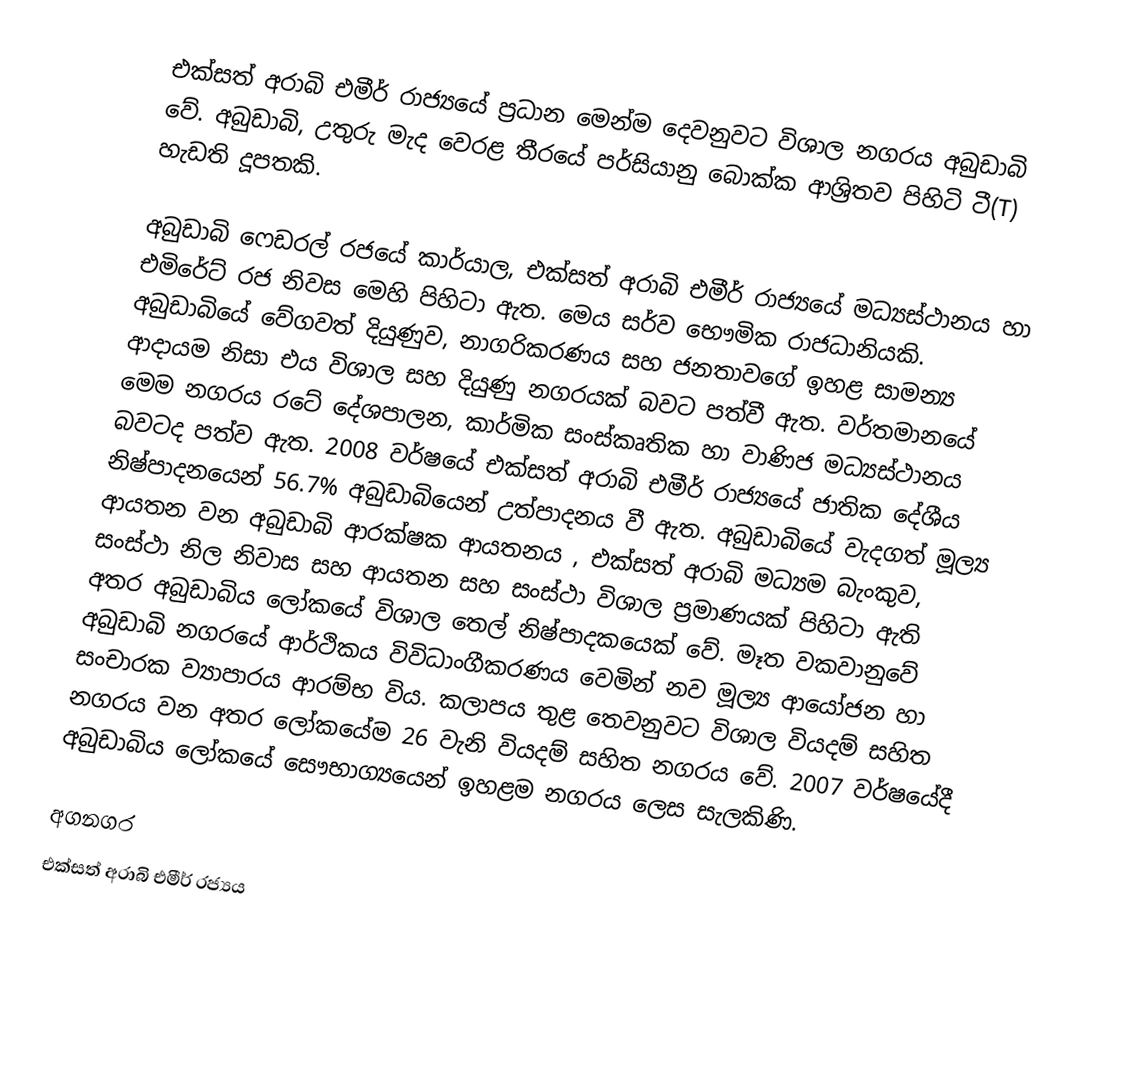
එක්සත් අරාබි එමීර් රාජ්‍යයේ ප්‍රධාන මෙන්ම දෙවනුවට විශාල නගරය අබුඩාබි වේ. අබුඩාබි, උතුරු මැද වෙරළ තීරයේ පර්සියානු බොක්ක ආශ්‍රිතව පිහිටි ටී(T) හැඩති දූපතකි.

අබුඩාබි ෆෙඩරල් රජයේ කාර්යාල, එක්සත් අරාබි එමීර් රාජ්‍යයේ මධ්‍යස්ථානය හා එමිරේට් රජ නිවස මෙහි පිහිටා ඇත. මෙය සර්ව භෞමික රාජධානියකි. අබුඩාබියේ වේගවත් දියුණුව, නාගරිකරණය සහ ජනතාවගේ ඉහළ සාමන්‍ය ආදායම නිසා එය විශාල සහ දියුණු නගරයක් බවට පත්වී ඇත. වර්තමානයේ මෙම නගරය රටේ දේශපාලන, කාර්මික සංස්කෘතික හා වාණිජ මධ්‍යස්ථානය බවටද පත්ව ඇත. 2008 වර්ෂයේ එක්සත් අරාබි එමීර් රාජ්‍යයේ ජාතික දේශීය නිෂ්පාදනයෙන් 56.7% අබුඩාබියෙන් උත්පාදනය වී ඇත. අබුඩාබියේ වැදගත් මූල්‍ය ආයතන වන අබුඩාබි ආරක්ෂක ආයතනය , එක්සත් අරාබි මධ්‍යම බැංකුව, සංස්ථා නිල නිවාස සහ ආයතන සහ සංස්ථා විශාල ප්‍රමාණයක් පිහිටා ඇති අතර අබුඩාබිය ලෝකයේ විශාල තෙල් නිෂ්පාදකයෙක් වේ. මෑත වකවානුවේ අබුඩාබි නගරයේ ආර්ථිකය විවිධාංගීකරණය වෙමින් නව මූල්‍ය ආයෝජන හා සංචාරක ව්‍යාපාරය ආරම්භ විය. කලාපය තුළ තෙවනුවට විශාල වියදම් සහිත නගරය වන අතර ලෝකයේම 26 වැනි වියදම් සහිත නගරය වේ. 2007 වර්ෂයේදී අබුඩාබිය ලෝකයේ සෞභාග්‍යයෙන් ඉහළම නගරය ලෙස සැලකිණි.

අගනගර
එක්සත් අරාබි එමීර් රජ්‍යය